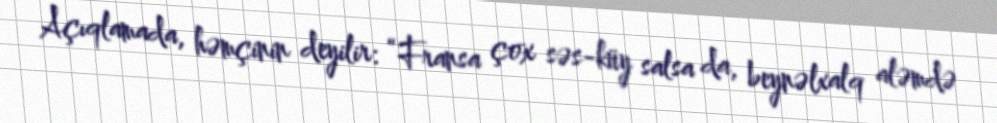
Açıqlamada, həmçinin deyilir: “Fransa çox səs-küy salsa da, beynəlxalq aləmdə